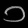
Digit: ၁